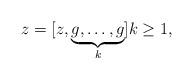
LaTeX: \begin{align*}z=[z,\underbrace{g,\dots,g}_{k}]k\geq 1,\end{align*}